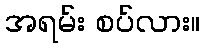
အရမ်း စပ်လား။